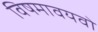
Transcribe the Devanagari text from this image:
विषमावयवो